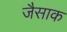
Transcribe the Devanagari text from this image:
जैसाक